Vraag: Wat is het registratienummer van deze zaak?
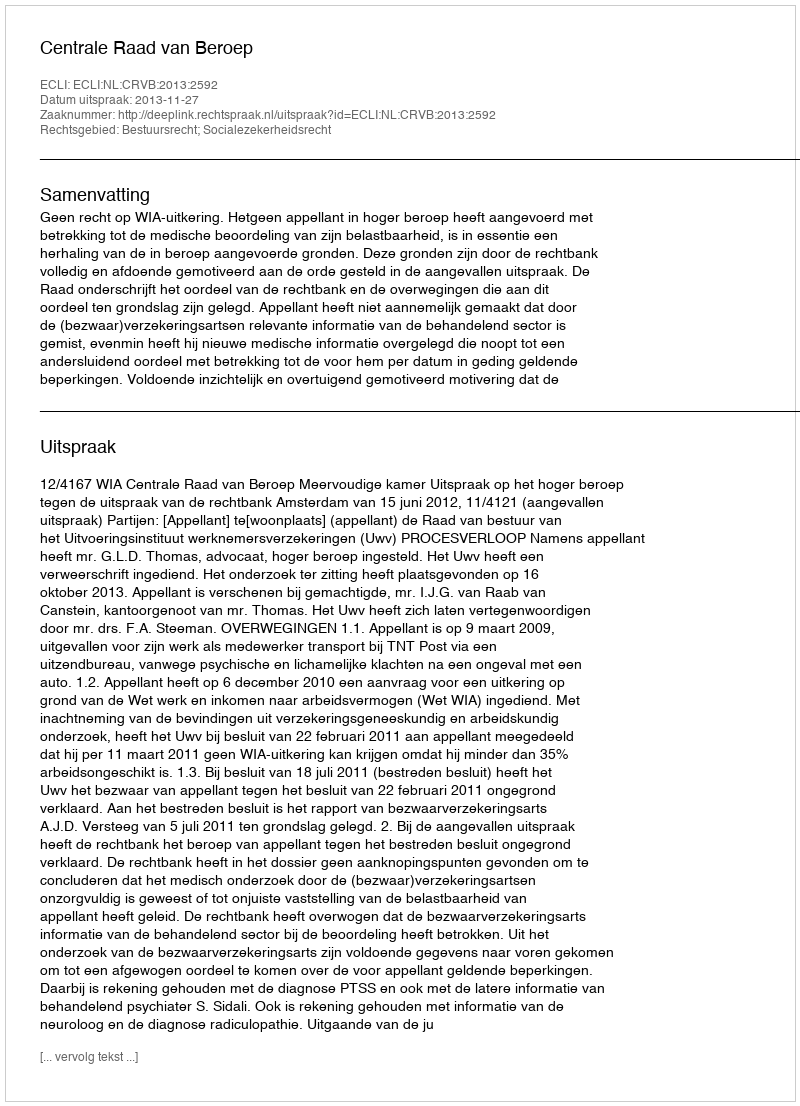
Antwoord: http://deeplink.rechtspraak.nl/uitspraak?id=ECLI:NL:CRVB:2013:2592